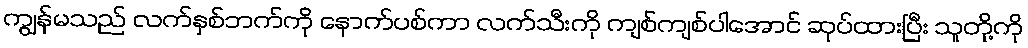
ကျွန်မသည် လက်နှစ်ဘက်ကို နောက်ပစ်ကာ လက်သီးကို ကျစ်ကျစ်ပါအောင် ဆုပ်ထားပြီး သူတို့ကို